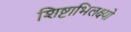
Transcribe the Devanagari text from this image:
शिष्टाभिलक्ष्यो